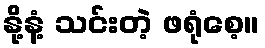
နို့နံ့ သင်းတဲ့ ဖရုံစေ့။